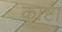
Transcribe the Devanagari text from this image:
काष्टा